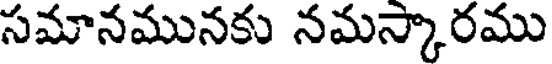
సమానమునకు నమస్కారము